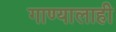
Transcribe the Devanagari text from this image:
गाण्यालाही